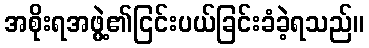
အစိုးရအဖွဲ့၏ငြင်းပယ်ခြင်းခံခဲ့ရသည်။